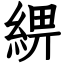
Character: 綥